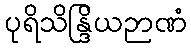
ပုရိသိန္ဒြိယဉာဏံ